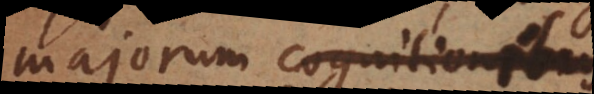
majorum cognitionibus